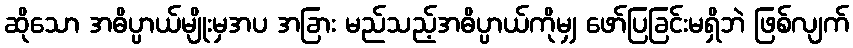
ဆိုသော အဓိပ္ပာယ်မျိုးမှအပ အခြား မည်သည့်အဓိပ္ပာယ်ကိုမျှ ဖော်ပြခြင်းမရှိဘဲ ဖြစ်လျက်